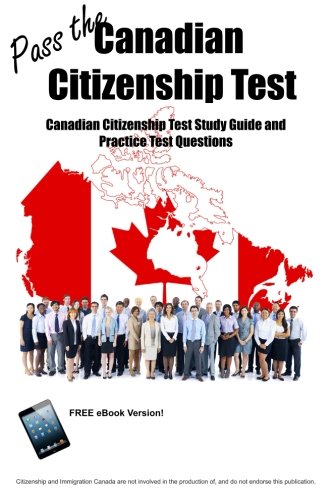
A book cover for Pass the Canadian Citizenship Test!  Canadian Citizenship Test Study Guide and Practice Test Questions; Blue Butterfly Books; Test Preparation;